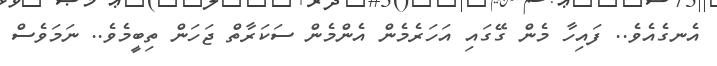
އެނގެއެވެ.. ފައިހާ މެން ގޭގައި އަހަރެމެން އެންމެން ސަކަރާތް ޖަހަން ތިބީމެވެ.. ނަމަވެސް